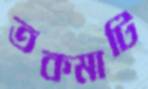
তকমাটি